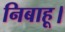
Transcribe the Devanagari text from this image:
निबाहू।